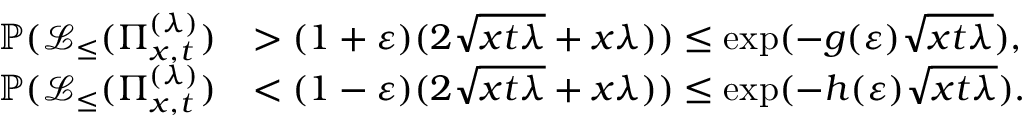
\begin{array} { r l } { \mathbb { P } ( \mathcal { L } _ { \leq } ( \Pi _ { x , t } ^ { ( \lambda ) } ) } & { > ( 1 + \varepsilon ) ( 2 \sqrt { x t \lambda } + x \lambda ) ) \le \exp ( - g ( \varepsilon ) \sqrt { x t \lambda } ) , } \\ { \mathbb { P } ( \mathcal { L } _ { \leq } ( \Pi _ { x , t } ^ { ( \lambda ) } ) } & { < ( 1 - \varepsilon ) ( 2 \sqrt { x t \lambda } + x \lambda ) ) \le \exp ( - h ( \varepsilon ) \sqrt { x t \lambda } ) . } \end{array}